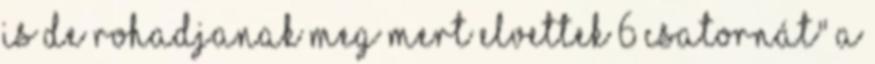
is de rohadjanak meg mert elvettek 6 csatornát" A